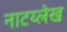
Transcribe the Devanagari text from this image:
नाटय्लेख